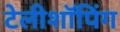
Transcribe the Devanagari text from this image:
टेलीशॉपिंग